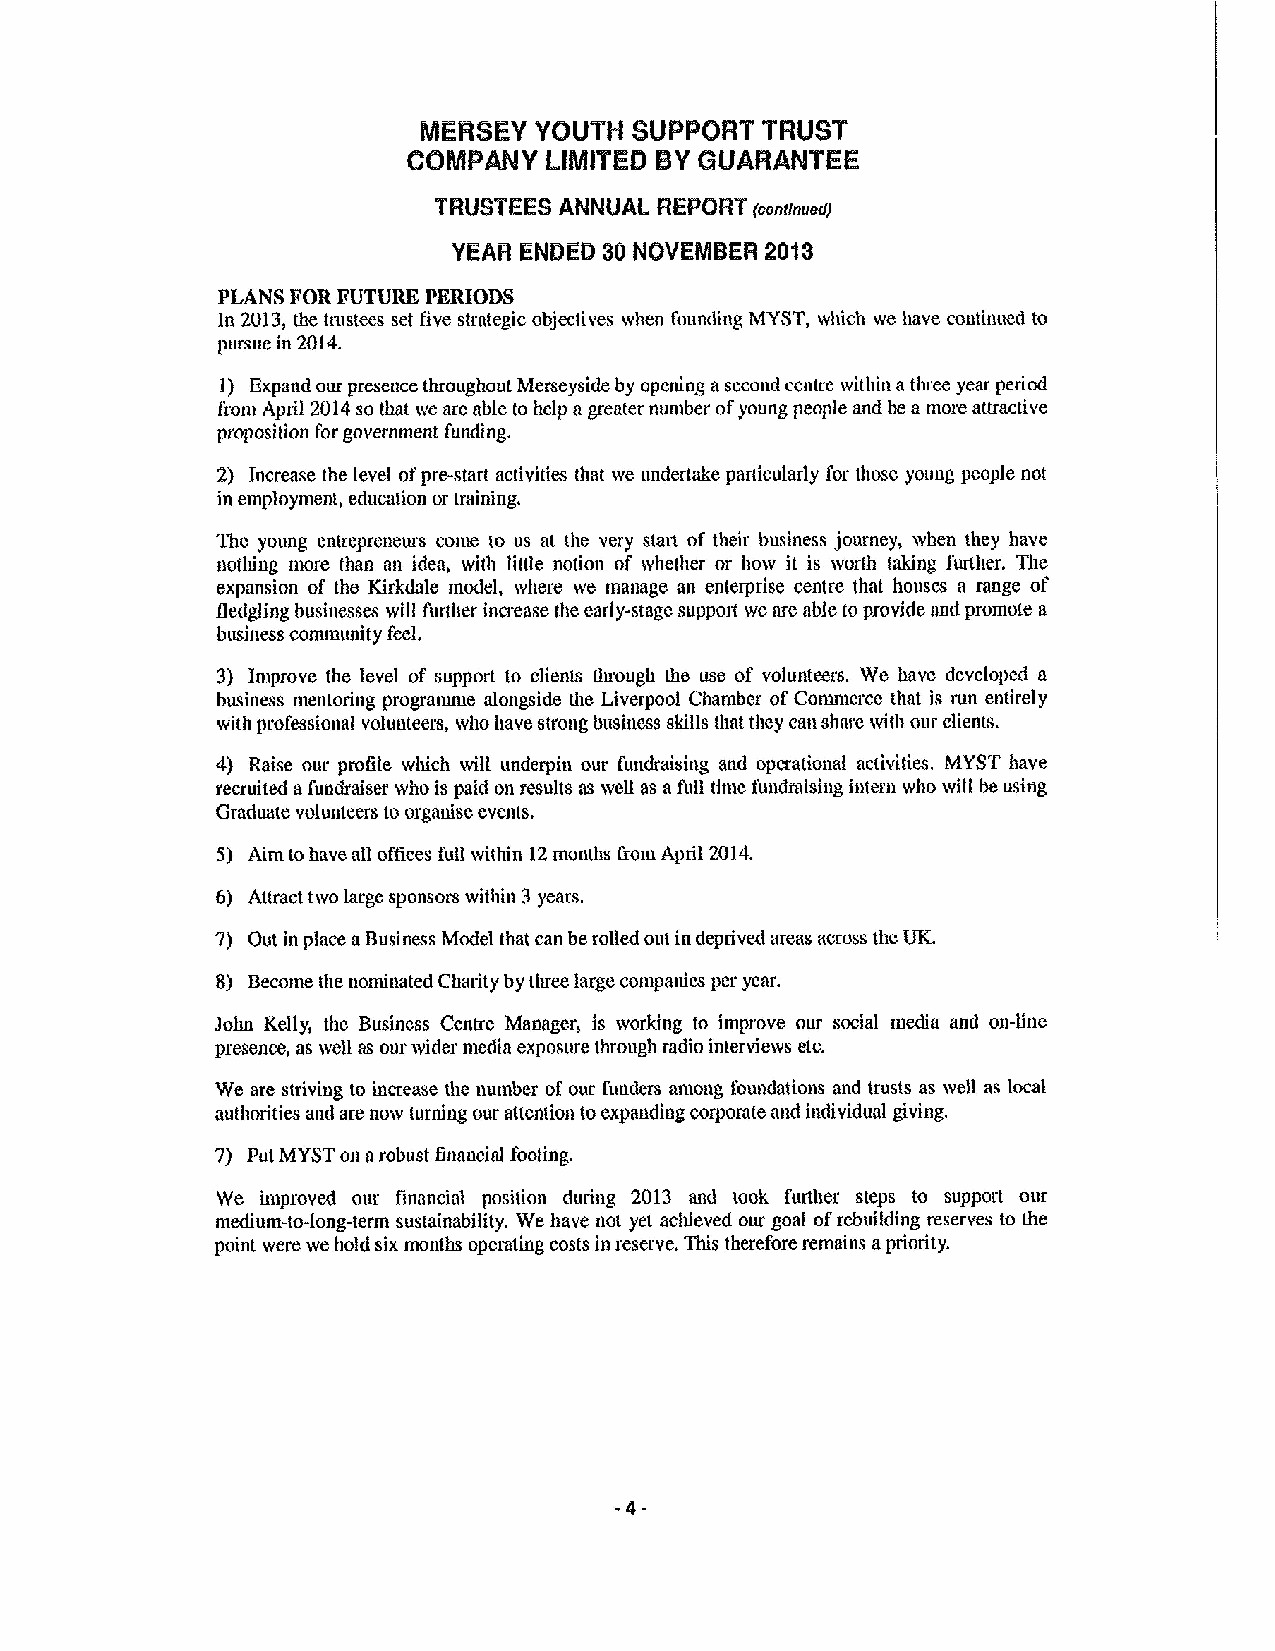
MERSEY YGUTH  SUPPGRT TRUST
 CGMPM   Y LIMITED BYGUARANTEE
 TRUSTEES ANNUAL REPORT (ccntInued)
 YEAR ENDED 30 NOVEMBER 2038
 PLANS FOR FUTURE PERIODS
 In 2013,the tmstees set five strategic objeclives when founding MYST, which we have continued to
 pursue in 2014,
 1) Expand our presence throughout Merseyside by opening asecond centre within athree year period
 I'rom April 2014so that we are able to help agreater nuinber ofyoung people and be a more attractive
 proposition for government funding.
 2) Increase the level ofpre-start activities that we undertake particularly for those yoimg people not
 in employmenl, educalion or lraining,
 The young entrepreneurs come to us at the very start of their business journey, when they have
 noting more than an idea, with little notion of whether or how it is worth taking further. The
 expansion of the Kirkdale model, where we manage an enterprise centre that houses a range of
 fledgling businesses will further increase the early-stage support we are able to provide and promote a
 business comnnmity feel.
 3) Improve the level of support to clienls tlu'ough the use of volunteers. We have developed a
 business rnentoring programme alongside the Liverpool Chamber ofCommerce that is run entirely
 with professional volunteers, who have sh'ong business skills that they ean share with our clients.
 4) Raise our. profile which wiH underpin our Eundraising and operational activities. MYST have
 recruited afundraiser who is paid on results as weH as afull time fundraising intern who will be using
 Graduate volunteers to organise events.
 5) Aim tohave aH offices fuH within 12months from April 2014.
 6) Attract two large sponsors within 3years.
 7) Out in place aBusiness Model that can berolled out in deprived areas across the UK.
 8) Become the nonunated Charity by tluee large conipanies per year.
 John Kelly, the Business Centre Manager, is working to improve our social niedia and on-line
 presence, as we11as our wider media exposure through radio inter views etc.
 We are striving to increase the number of our funders among loundations and trusts as weil as local
 authorities and are now turning our attention toexpanding corporate and individual giving,
 7) Put MYSTon arobust financial footing.
 We improved our financial posilion during 2013 and took futther steps to support our
 medium-to-long-term sustainability. We have not yet achieved our goal ofrebuilding resei ves to the
 point were we hold six months operating costs in reserve. This therefore remains apriority.